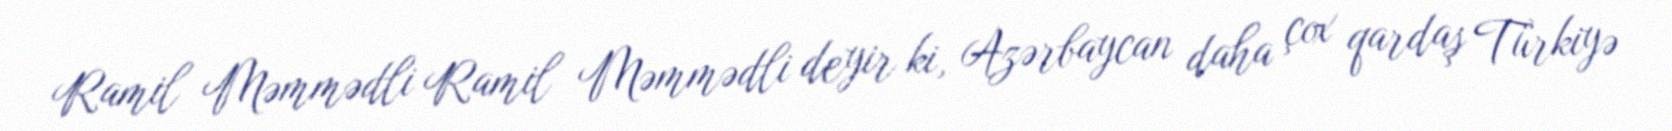
Ramil Məmmədli Ramil Məmmədli deyir ki, Azərbaycan daha çox qardaş Türkiyə